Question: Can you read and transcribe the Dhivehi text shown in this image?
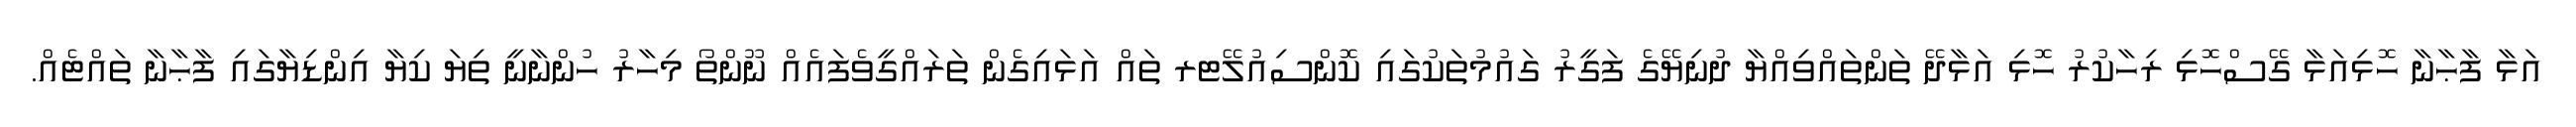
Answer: އަޅާ ފާޙާނާ ހޮޅިއަޅާ ގޭސްހޮޅި ރިހާކުރު ހޮޅި އަޅާދޭ ތަންތައްވިއްޔާ ދުނިޔޭގެ ފަގީރު ގައުމުތަކުގައި ކޮންސިއުލޭޓރ ތައް އަޅައިގެން ތަރައްގީވެފައެއް ނޫންތޯ މިހާރު ހުންނާނީ ތިޔަ ކިޔާ އިންޑިޔާގައި ފާޙާނާ ތައްޓެއް.